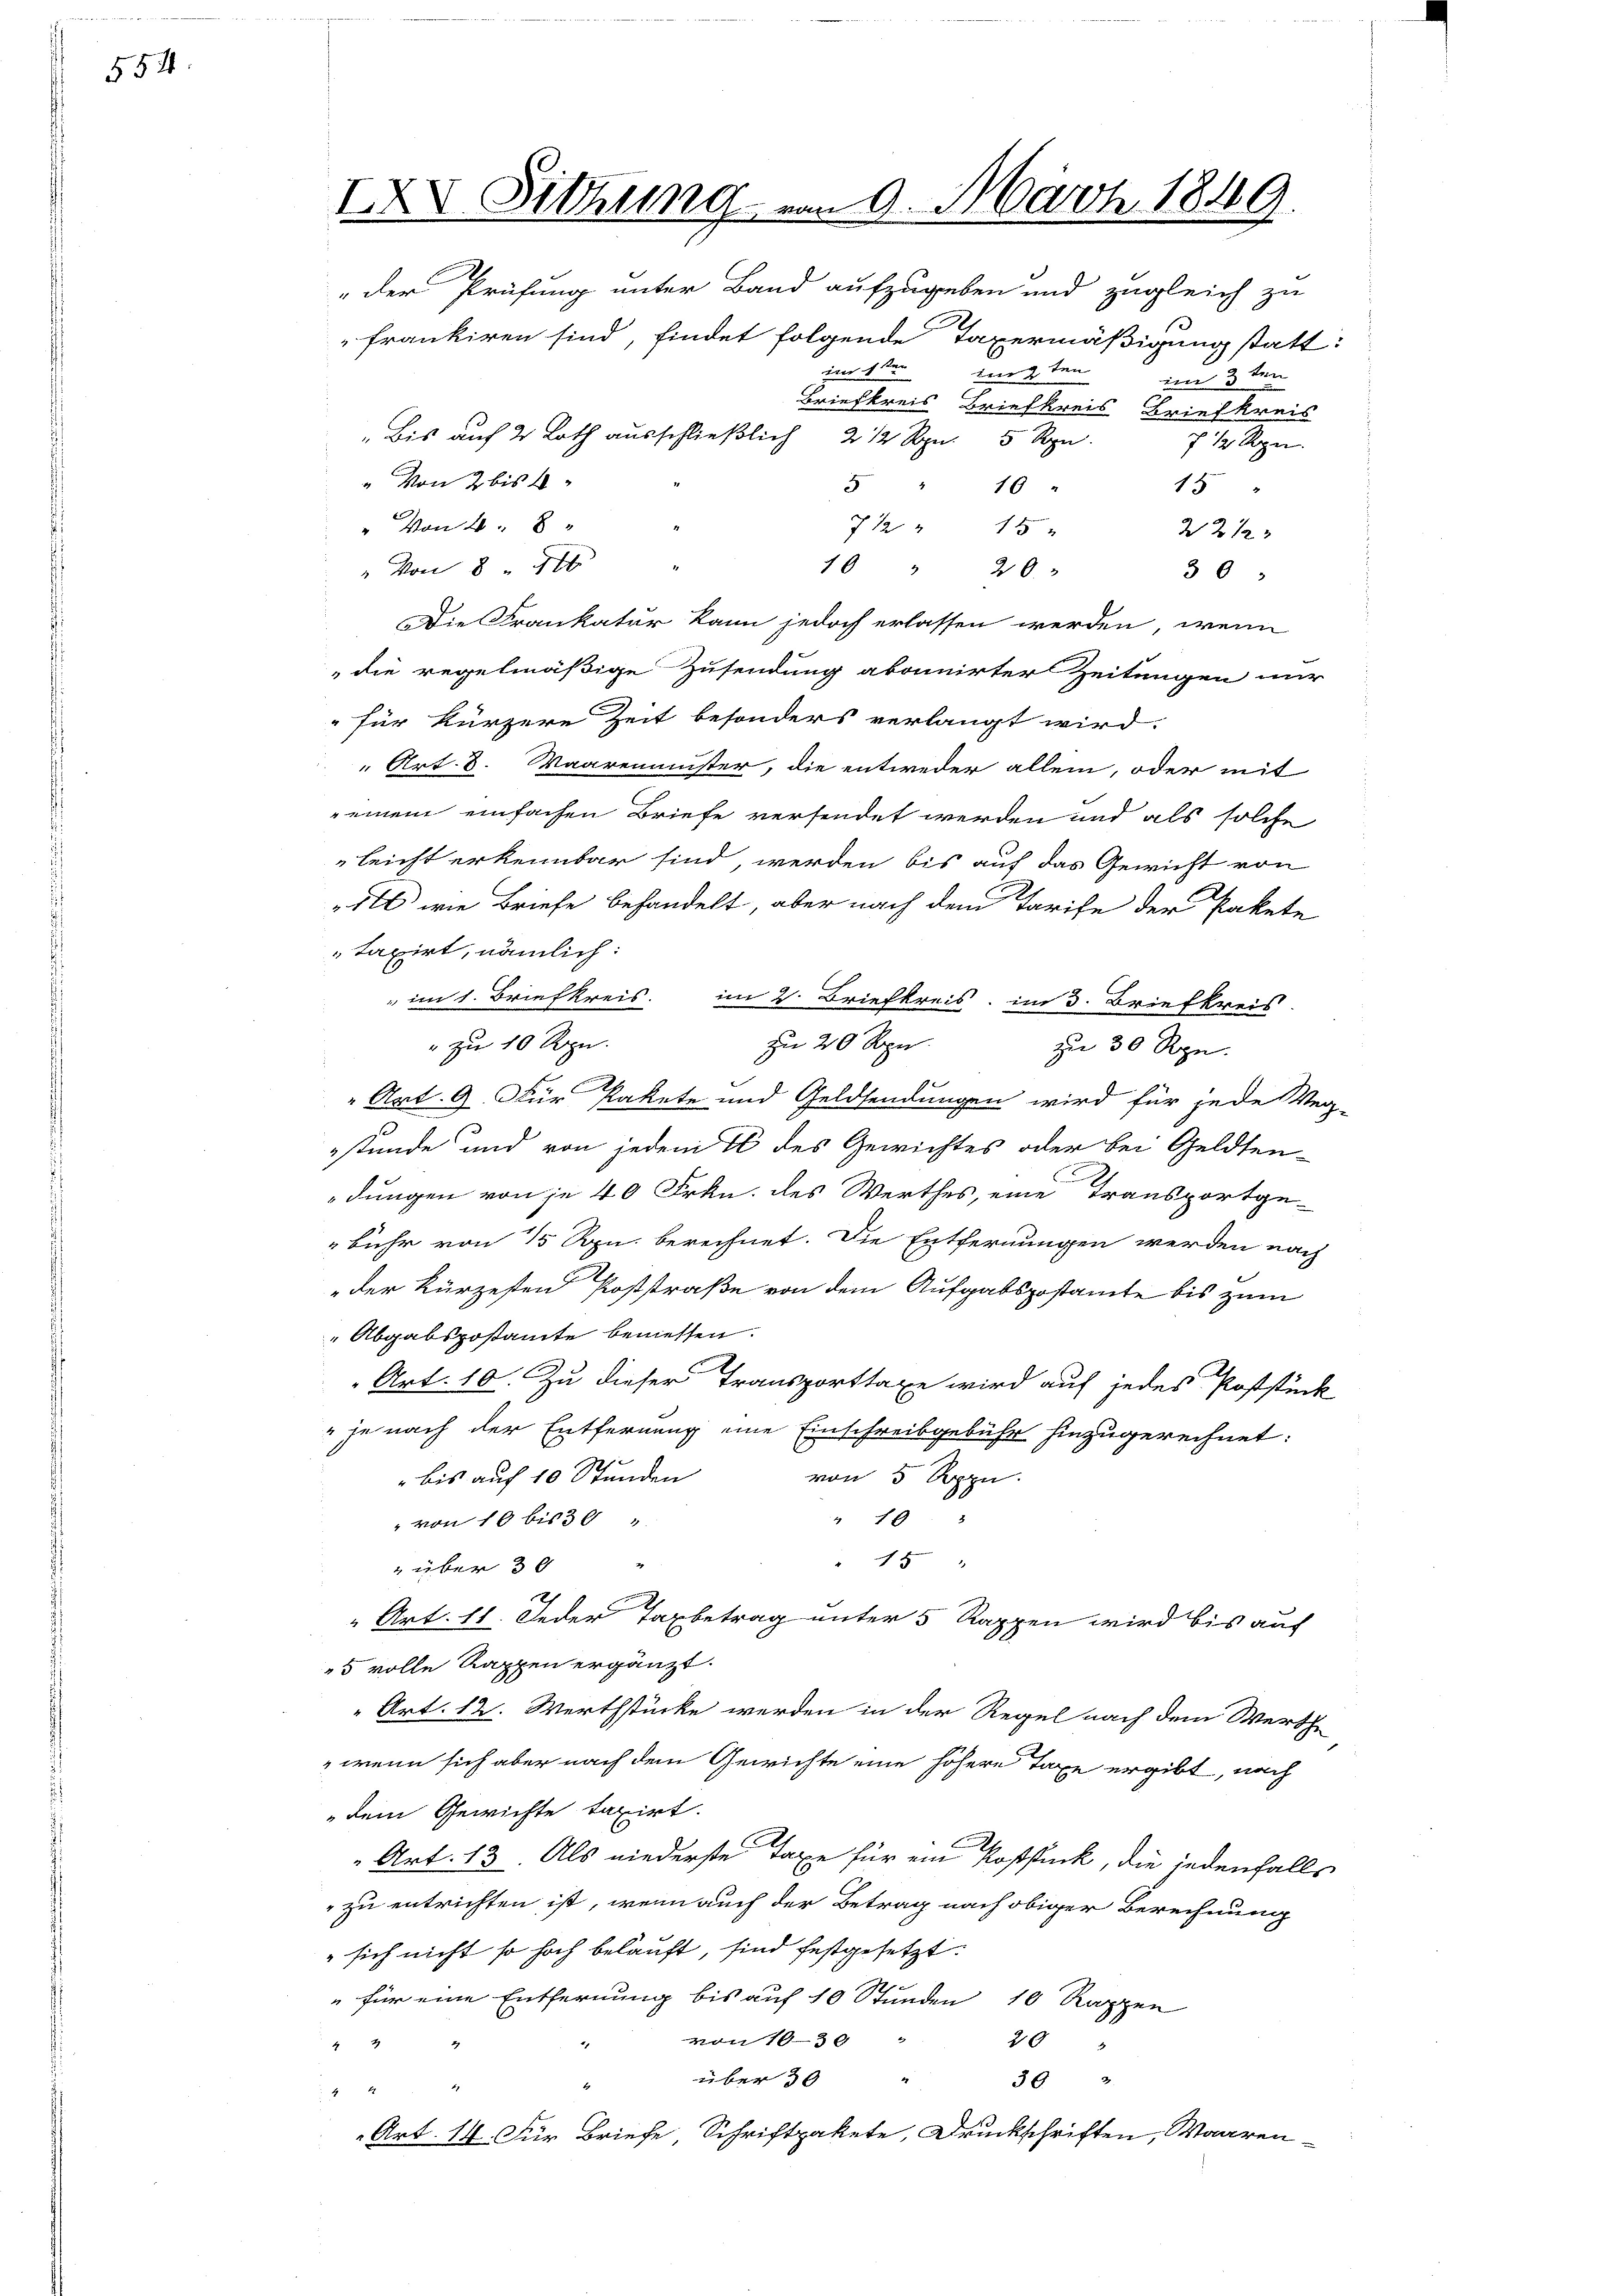
554.

XXV Sitzung vom 9. März 1816.
"der Prüfung unter Band aufzugeben und zugleich zu
frankiren sind, findet folgende Taxermäßigung statt:
im 1te͇n
m 9ten im 3ten
Briefkreis Briefkreis Briefkreis
" Bis auf 2 Roth ausschließlich 2 1/2 Rpn. 5 Rpn.
7 1/2 Rpn.
" von 2 bis 4
18
 " 16 "

" Von 4. 8
7 ½ " 15
2212
" Von 8 40
10 " 20.
30
Die Frankatur kann jedoch erlassen werden, wenn
die regelmäßige Zusendung abonnirter Zeitungen nur
" für kürzere Zeit besonders verlangt wird.
Art. 8. Waaremünster, die entweder allein, oder mit
 einem einfachen Briefe versendet werden und als solche
leicht erkennbar sind, werden bis auf das Gewicht von
dl wie Briefe behandelt, aber nach dem Tarife der Pakete
taxirt, nämlich:
" im 1. Briefkreis. im 2. Briefkreis, im 3. Briefkreis
zu 20 Rpn
" zu 10 Rpn.
zu 30 Rpn.
" Art. 9. Für Pakete und Geldsendungen wird für jede Weg-
stunde und von jedem 76 des Gewichtes oder bei Geldtendungen von je 40 Frkn. des Werthes, eine Transportgebühr von 15 Rpn. berechnet. Die Entfernungen werden nach
der kürzesten Poststraße von dem Aufgabspostamte bis zum
Abgabspostamte bemessen.
Art. 10. Zu dieser Transporttaxe wird auf jedes Poststück
" je nach der Entfernung eine Einschreibgebühr hinzugerechnet:
von 5 Rppn.
" bis auf 10 Stunden
" 9
" von 10 bis 39 "
" 15
 über 30
" Art. 11. Jeder Taxbetrag unter 5 Rappen wird bis auf
5 volle Kappen ergänzt.
" Art. 12. Werthstücke werden in der Regel nach dem Werthe
 wenn sich aber nach dem Gewichte eine höhere Taxe ergibt, nach
dem Gewichte taxirt.
" Art. 13. Als niederste Taxe für ein Roßsuck, die jedenfalls
" zu entrichten ist, wenn auch der Betrag nach obiger Berechnung
" sich nicht so hoch bekauft, sind festgesetzt.
" für eine Entfernung bis auf 10 Stunden 10 Rappen
von 1639 "
20
2.
über 30
39
29

Art. 14. Für Briefe Schriftpakete, Druckschriften, Waaren-